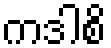
ကဒါစိ